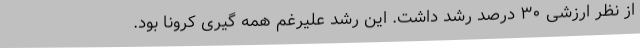
از نظر ارزشی ۳۰ درصد رشد داشت. این رشد علیرغم همه گیری کرونا بود.